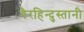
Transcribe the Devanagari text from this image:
गैरहिन्दुस्तानी